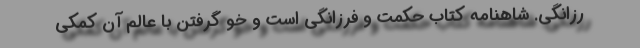
رزانگی. شاهنامه کتاب حکمت و فرزانگی است و خو گرفتن با عالَم آن کمکی